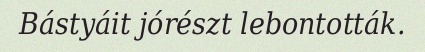
Bástyáit jórészt lebontották.